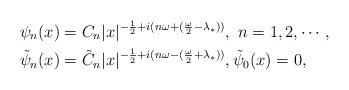
LaTeX: \begin{align*}\psi_{n}(x) & = C_{n} |x|^{-\frac{1}{2} + i(n\omega +(\frac{\omega}{2} - \lambda_{*}))},\ n=1,2, \cdots,\\\tilde{\psi}_{n}(x) & = \tilde{C}_{n} |x|^{-\frac{1}{2} + i(n\omega - (\frac{\omega}{2}+\lambda_{*}))},\tilde{\psi}_{0}(x)=0,\end{align*}